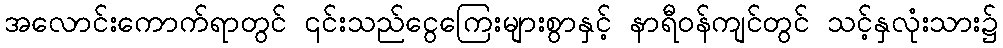
အလောင်းကောက်ရာတွင် ၎င်းသည်ငွေကြေးများစွာနှင့် နာရီဝန်ကျင်တွင် သင့်နှလုံးသား၌